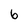
Character: 6